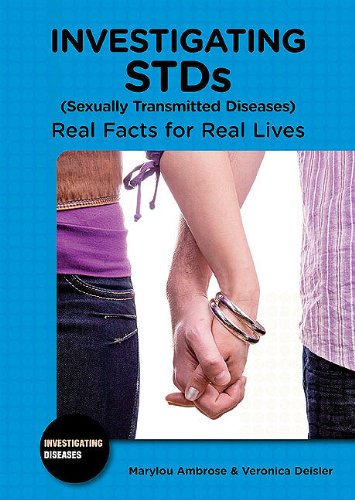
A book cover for Investigating STDS (Sexually Transmitted Diseases): Real Facts for Real Lives (Investigating Diseases); Marylou Ambrose; Teen & Young Adult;